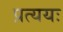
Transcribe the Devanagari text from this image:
प्रत्ययः